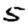
Digit: 5